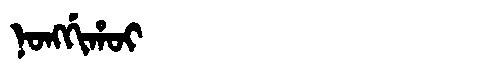
Manchu: ᠨᠣᠩᡤᡳᡥᠣᡳ
Romanization: NONGGIHOI